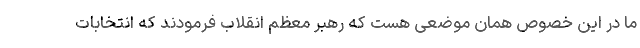
ما در این خصوص همان موضعی هست که رهبر معظم انقلاب فرمودند که انتخابات